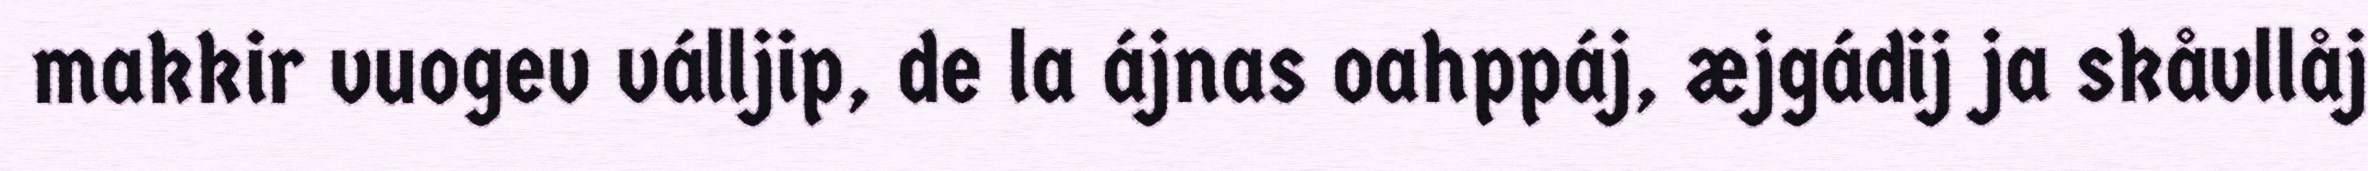
makkir vuogev válljip, de la ájnas oahppáj, æjgádij ja skåvllåj